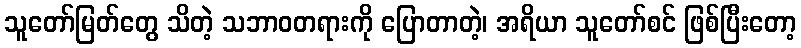
သူတော်မြတ်တွေ သိတဲ့ သဘာဝတရားကို ပြောတာတဲ့၊ အရိယာ သူတော်စင် ဖြစ်ပြီးတော့